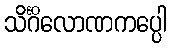
သိင်္ဂိလောဏကပ္ပေါ